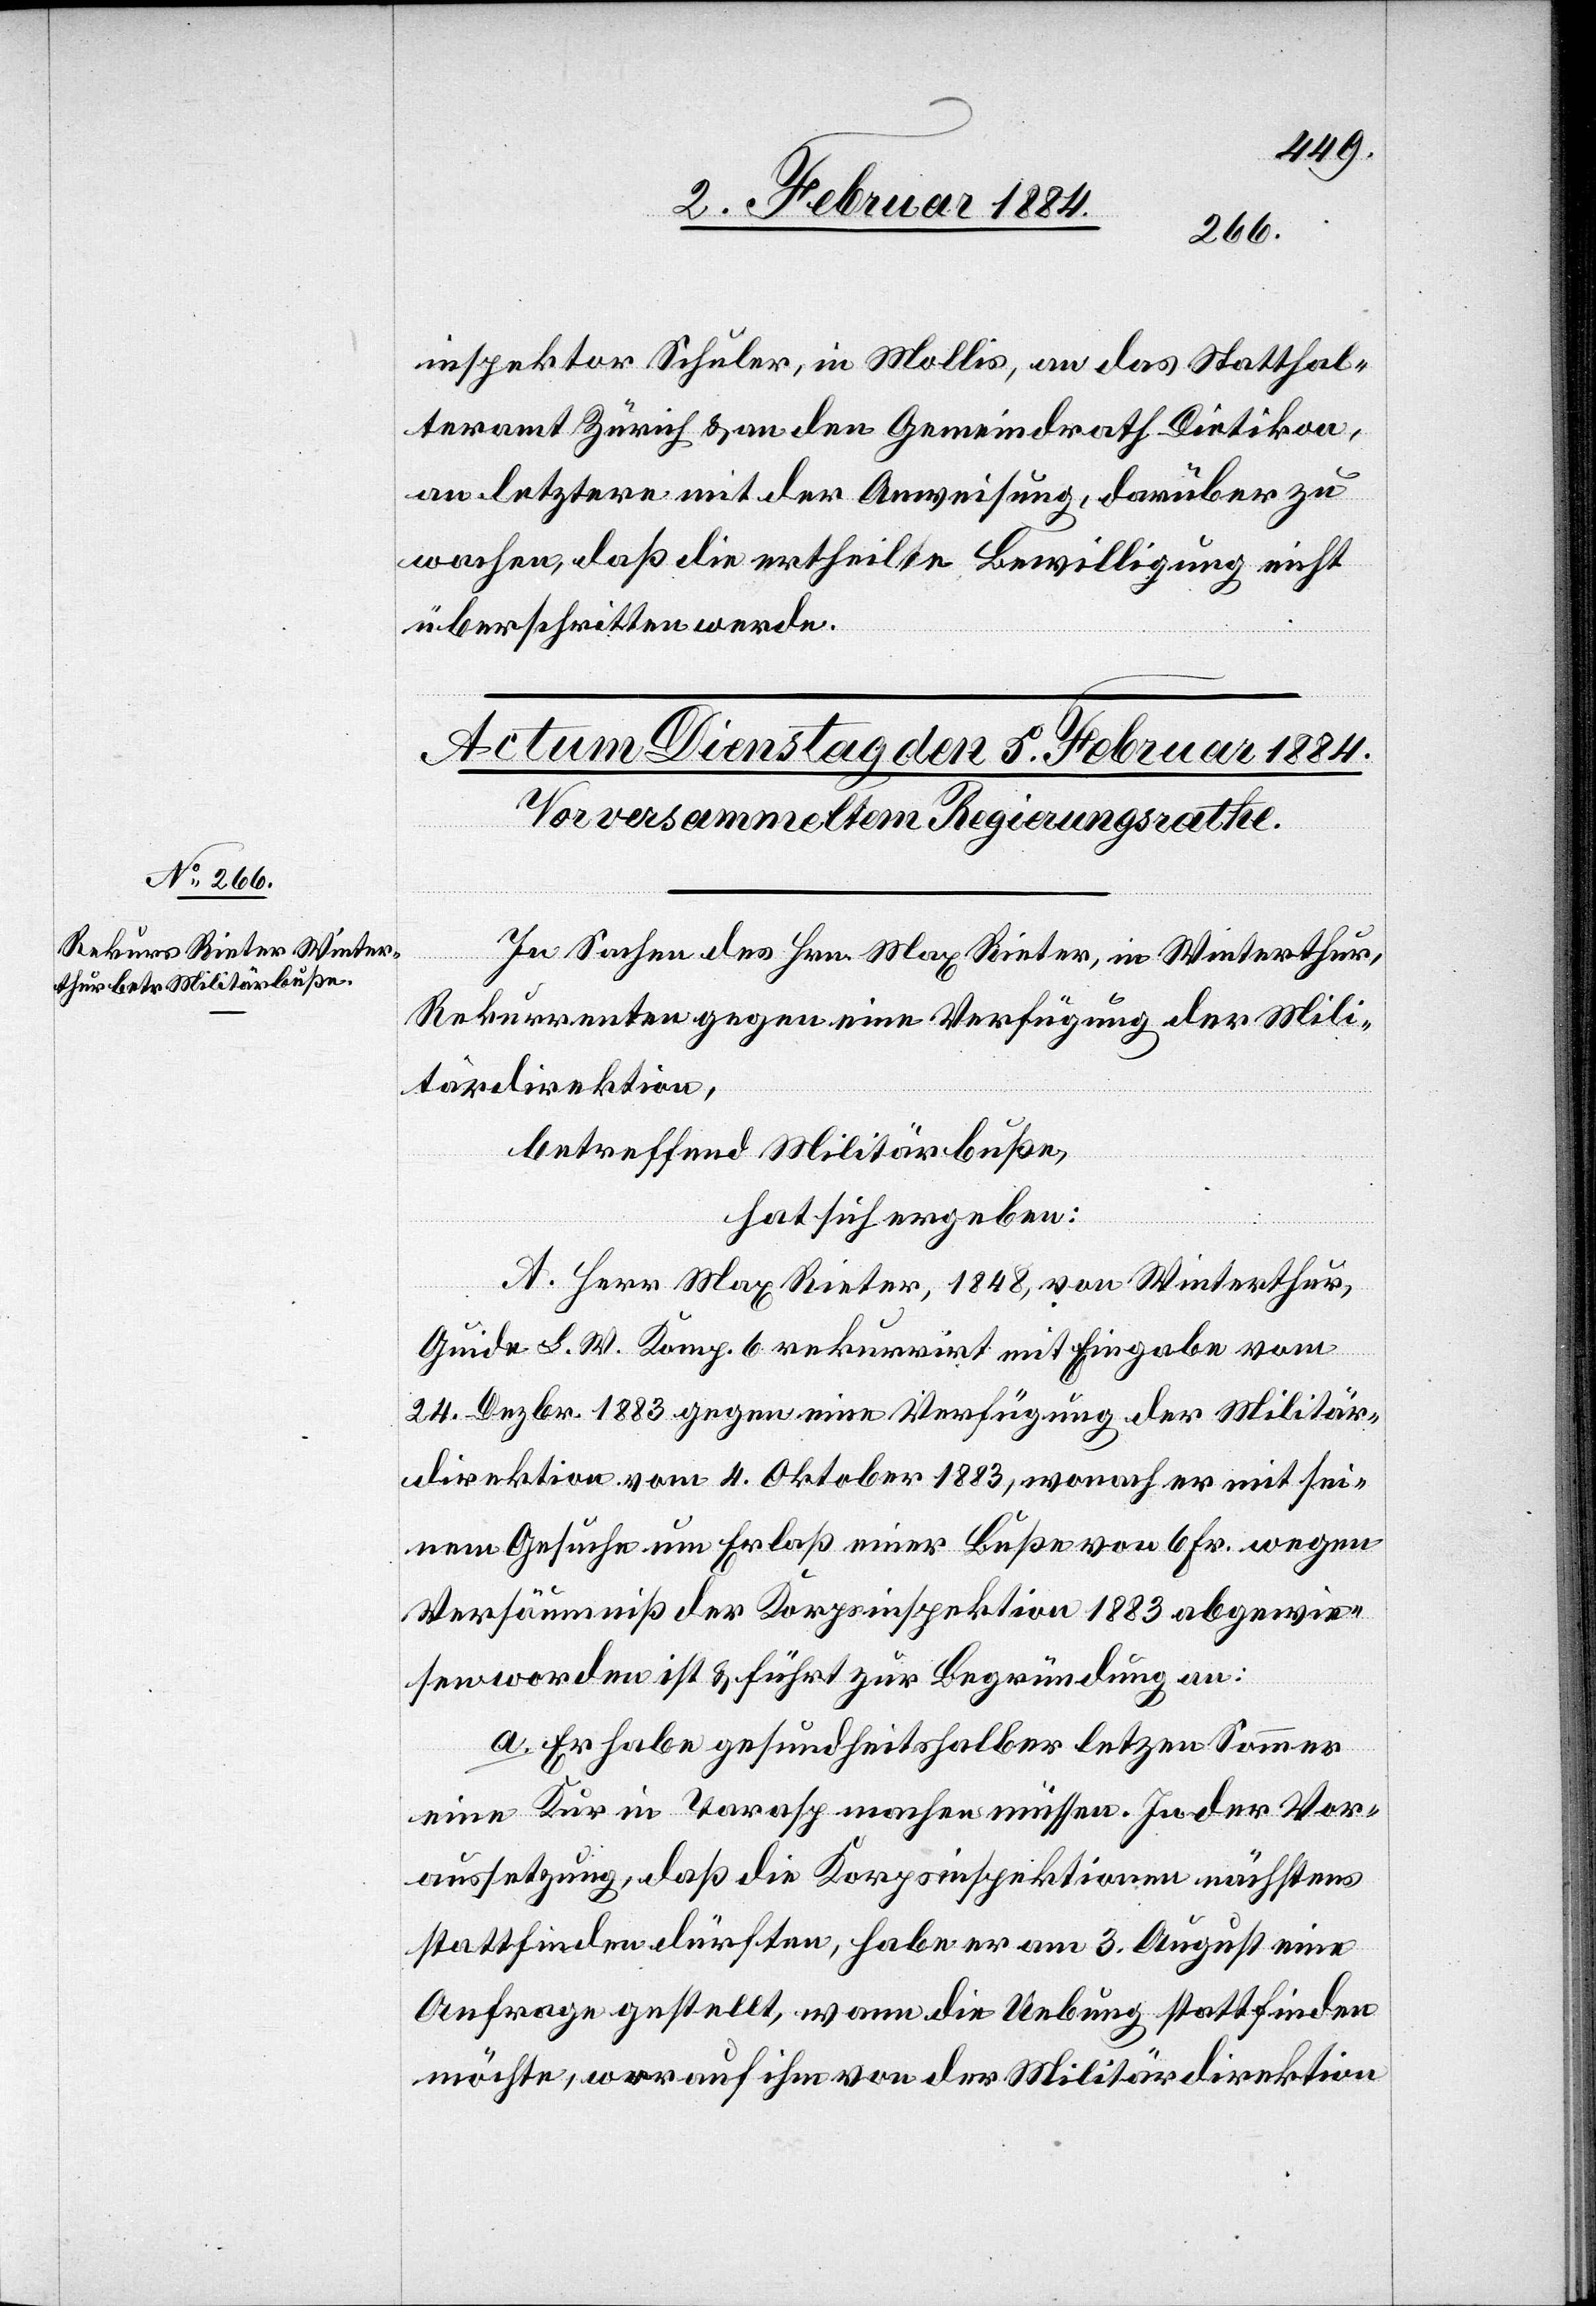
inspektor Schuler, in Mollis, an das Statthal¬
teramt Zürich & an den Gemeindrath Dietikon,
an letztere mit der Anweisung, darüber zu
wachen, daß die ertheilte Bewilligung nicht
überschritten werde.
In Sachen des Hrn. Max Rieter, in Winterthur,
Rekurrenten gegen eine Verfügung der Mili¬
tärdirektion,
betreffend Militärbuße,
hat sich ergeben:
A. Herrn Max Rieter, 1848, von Winterthur,
Guide L. W. Komp. 6 rekurrirt mit Eingabe vom
24. Dezbr. 1883 gegen eine Verfügung der Militär¬
direktion vom 4. Oktober 1883, wonach er mit sei¬
nem Gesuche um Erlaß einer Buße von 6 Fr. wegen
Versäumniß der Korpsinspektion 1883 abgewie¬
sen worden ist & führt zur Begründung an:
a. Er habe gesundheitshalber letz[t]en Sommer
eine Kur in Tarasp machen müssen. In der Vor¬
aussetzung, daß die Korpsinspektionen nächstens
stattfinden dürften, habe er am 3. August eine
Anfrage gestellt, wann die Uebung stattfinden
möchte, worauf ihm von der Militärdirektion